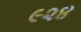
૯૨૪